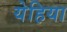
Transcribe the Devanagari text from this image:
येहिया